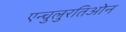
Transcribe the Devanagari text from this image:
एन्चुलुरतिओन